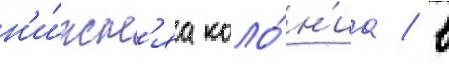
н'и́жн'яа коло́н'иа / в